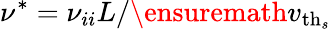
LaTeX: \nu^{*}=\left.\nu_{ii}L\right/\ensuremath{v_{\mathrm{th}_{s}}}